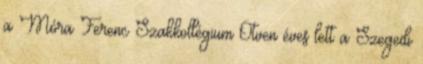
a Móra Ferenc Szakkollégium Ötven éves lett a Szegedi